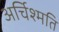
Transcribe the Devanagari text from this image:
अर्चिश्मति